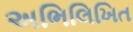
અભિલિખિત